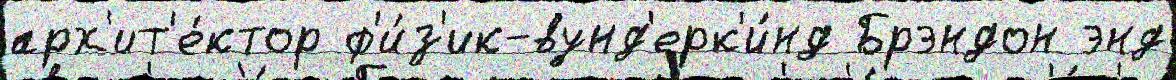
арх'ит'е́ктор ф'и́з'ик-вунд'ерк'и́нд Брэндон энд